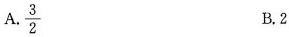
A.\frac{3}{2} B.2